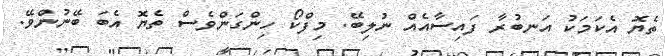
ތެޔޮ އެކަމަކު އަނބުރާ ފައިސާއެއް ނުލިބޭ. މިފްކޯ ހިންގަންވެެސް ތެޔޮ އެބަ ބޭނުންވޭ.